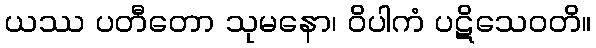
ယဿ ပတီတော သုမနော၊ ဝိပါကံ ပဋိသေဝတိ။